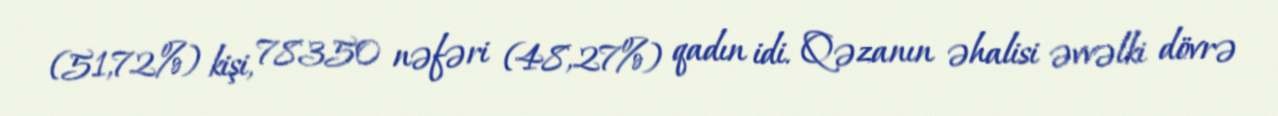
(51,72%) kişi, 78350 nəfəri (48,27%) qadın idi. Qəzanın əhalisi əvvəlki dövrə